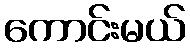
ကောင်းမယ်